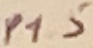
Text: P1.5